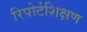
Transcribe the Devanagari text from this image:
रिपोर्टशिक्षण